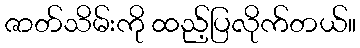
ဇာတ်သိမ်းကို ထည့်ပြလိုက်တယ်။